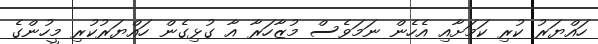
ހައްޔަރު ކުރި ކަމަށާއި އެހެން ނަމަވެސް މުޒާހަރާ އާ ގުޅިގެން ހައްޔަރުކުރި މީހުންގެ